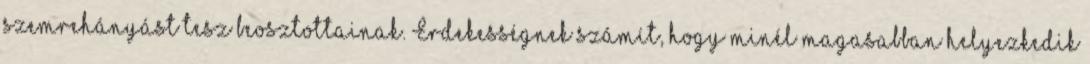
szemrehányást tesz beosztottainak. Érdekességnek számít, hogy minél magasabban helyezkedik